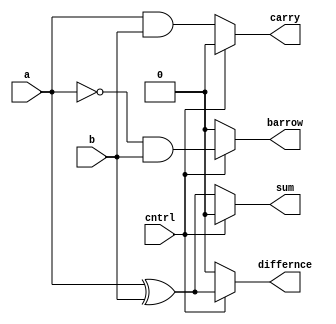
`timescale 1ns / 1ps
//////////////////////////////////////////////////////////////////////////////////
// Company: 
// Engineer: 
// 
// Design Name: 
// Module Name: ha_cum_hs
// Project Name: 
// Target Devices: 
// Tool Versions: 
// Description: 
// 
// Dependencies: 
// 
// Revision:
// Revision 0.01 - File Created
// Additional Comments:
// 
//////////////////////////////////////////////////////////////////////////////////


module ha_cum_hs(
    input a,b,
    input cntrl,
    output reg sum,carry,barrow,differnce
    );
    always @(*)
 begin
   if(cntrl==1)
     begin 
       differnce=(a^b);
       barrow= ~a&b;carry=0;sum=0;
     end 
else
   begin
      sum=(a^b);
      carry=a&b;barrow=0;differnce=0;
   end
end
endmodule